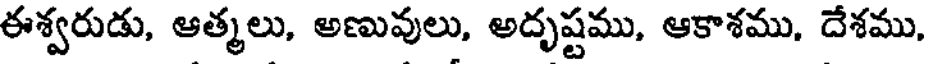
ఈశ్వరుడు, ఆత్మలు, అణువులు, అదృష్టము, ఆకాశము, దేశము,